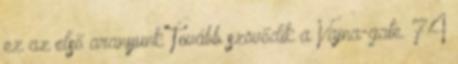
ez az első aranyunk Tovább szövődik a Vajna-gate. 74